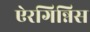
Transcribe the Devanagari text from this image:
ऐरगिन्निस